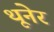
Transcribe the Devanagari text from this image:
थूनेर